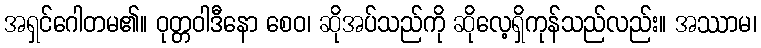
အရှင်ဂေါတမ၏။ ဝုတ္တဝါဒီနော စေဝ၊ ဆိုအပ်သည်ကို ဆိုလေ့ရှိကုန်သည်လည်း။ အဿာမ၊